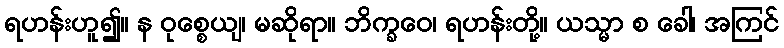
ရဟန်းဟူ၍။ န ဝုစ္စေယျ၊ မဆိုရာ။ ဘိက္ခဝေ၊ ရဟန်းတို့။ ယသ္မာ စ ခေါ၊ အကြင်